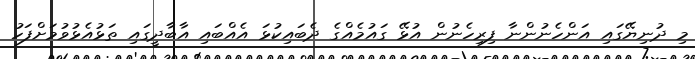
މި ދުނިޔޭގައި އަންހެނުންނާ ފިރިހެނުން އުޅޭ ގައުމެއްގެ ދެބައިކުޅަ އެއްބައި އާބާދީގައި ތަޅުއެޅުވުމަށްފަހު